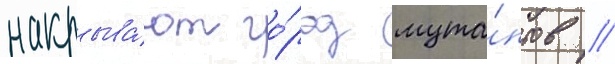
накрыва́ют го́род мута́нтов //